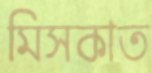
মিসকাত